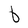
Character: b